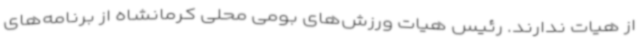
از هیات ندارند. رئیس هیات ورزش‌های بومی محلی کرمانشاه از برنامه‌های